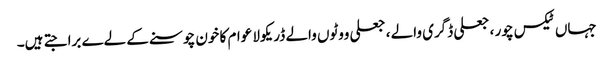
جہاں ٹیکس چور ، جعلی ڈگری والے ، جعلی ووٹوں والے ڈریکولا عوام کا خون چوسنے کے لےے برا جتے ہیں۔